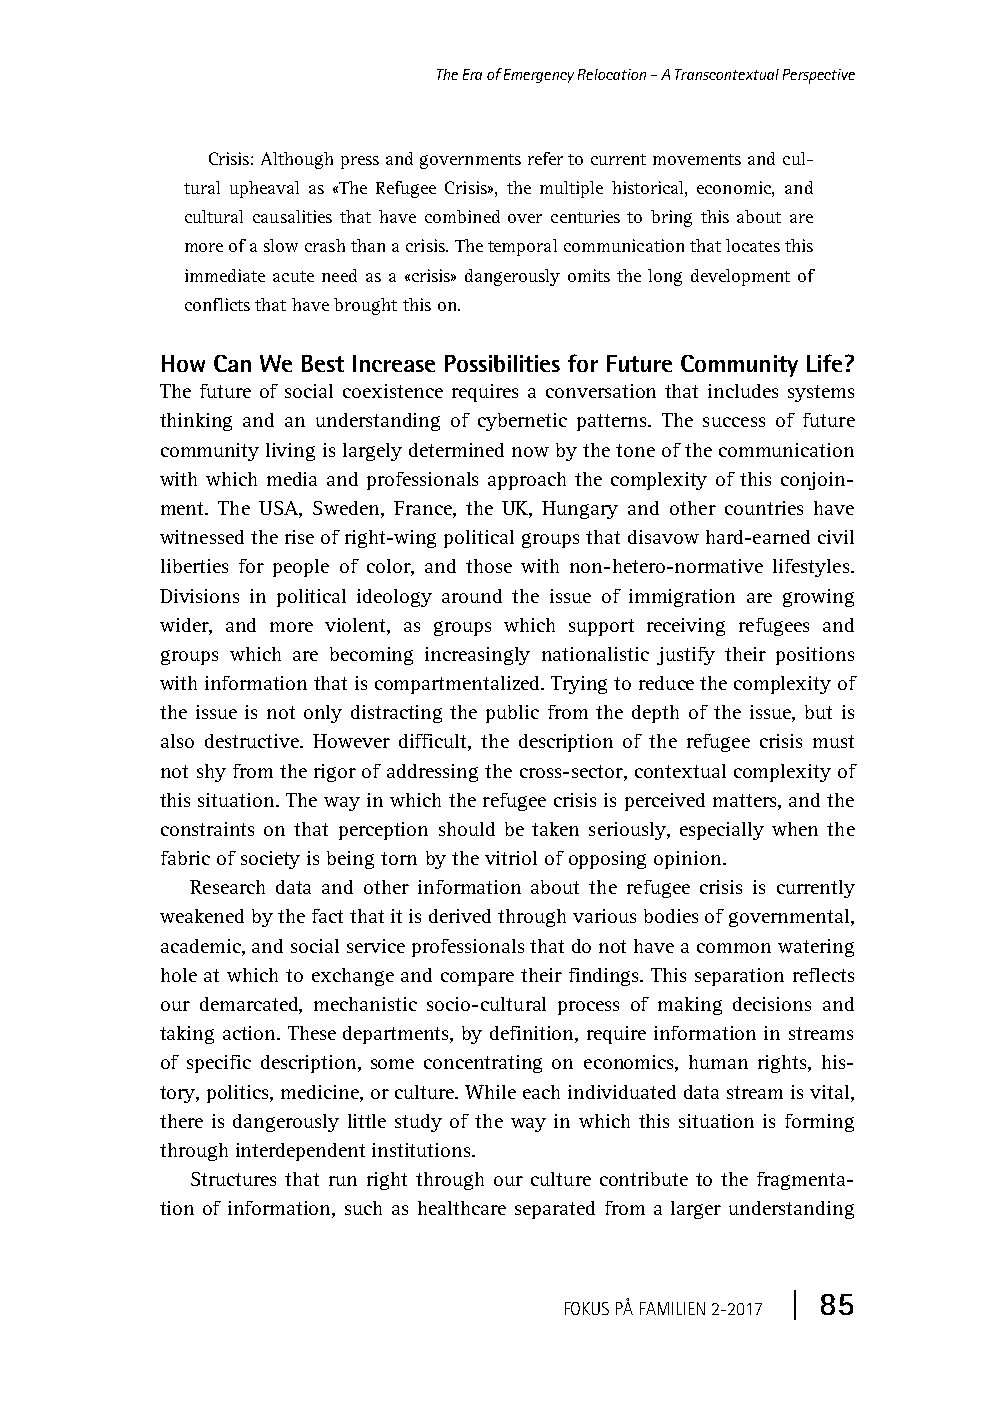
Fokus-2017-2.book Page 85 Monday, April 10, 2017 1:18 PM
 The Era of Emergency Relocation – A Transcontextual Perspective
 Crisis: Although press and governments refer to current movements and cul-
 tural upheaval as «The Refugee Crisis», the multiple historical, economic, and
 cultural causalities that have combined over centuries to bring this about are
 more of a slow crash than a crisis. The temporal communication that locates this
 immediate acute need as a «crisis» dangerously omits the long development of
 conflicts that have brought this on.
 How Can We Best Increase Possibilities for Future Community Life?
 The future of social coexistence requires a conversation that includes systems
 thinking and an understanding of cybernetic patterns. The success of future
 community living is largely determined now by the tone of the communication
 with which media and professionals approach the complexity of this conjoin-
 ment. The USA, Sweden, France, the UK, Hungary and other countries have
 witnessed the rise of right-wing political groups that disavow hard-earned civil
 liberties for people of color, and those with non-hetero-normative lifestyles.
 Divisions in political ideology around the issue of immigration are growing
 wider, and more violent, as groups which support receiving refugees and
 groups which are becoming increasingly nationalistic justify their positions
 with information that is compartmentalized. Trying to reduce the complexity of
 the issue is not only distracting the public from the depth of the issue, but is
 also destructive. However difficult, the description of the refugee crisis must
 not shy from the rigor of addressing the cross-sector, contextual complexity of
 this situation. The way in which the refugee crisis is perceived matters, and the
 constraints on that perception should be taken seriously, especially when the
 fabric of society is being torn by the vitriol of opposing opinion.
 Research data and other information about the refugee crisis is currently
 weakened by the fact that it is derived through various bodies of governmental,
 academic, and social service professionals that do not have a common watering
 hole at which to exchange and compare their findings. This separation reflects
 our demarcated, mechanistic socio-cultural process of making decisions and
 taking action. These departments, by definition, require information in streams
 of specific description, some concentrating on economics, human rights, his-
 tory, politics, medicine, or culture. While each individuated data stream is vital,
 there is dangerously little study of the way in which this situation is forming
 through interdependent institutions.
 Structures that run right through our culture contribute to the fragmenta-
 tion of information, such as healthcare separated from a larger understanding
 | 85
 FOKUS PÅ FAMILIEN2-2017